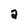
Character: 2